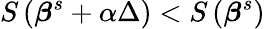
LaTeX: S\left({\boldsymbol{\beta}}^{s}+\alpha\Delta\right)<S\left({\boldsymbol{\beta}}^{s}\right)